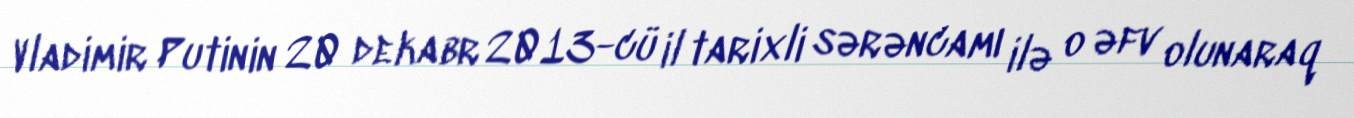
Vladimir Putinin 20 dekabr 2013-cü il tarixli sərəncamı ilə o əfv olunaraq